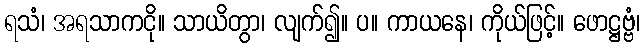
ရသံ၊ အရသာကငို။ သာယိတွာ၊ လျက်၍။ ပ။ ကာယနေ၊ ကိုယ်ဖြင့်။ ဖောဋ္ဌဗ္ဗံ၊